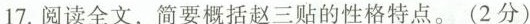
17.阅读全文，简要概括赵三贴的性格特点。(2分)